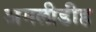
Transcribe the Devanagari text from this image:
अमलीडीह